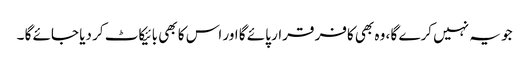
جو یہ نہیں کرے گا ، وہ بھی کافر قرار پائے گا اور اس کا بھی بائیکاٹ کر دیا جائے گا ۔